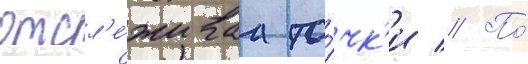
отсл'е́живаа то́чк'и // По́